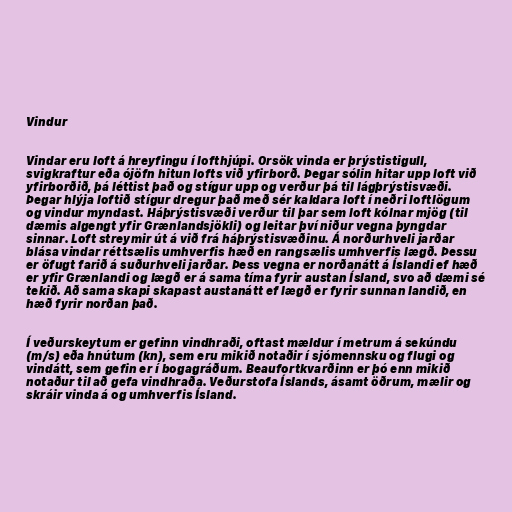
Vindur

Vindar eru loft á hreyfingu í lofthjúpi. Orsök vinda er þrýstistigull,
svigkraftur eða ójöfn hitun lofts við yfirborð. Þegar sólin hitar upp loft við
yfirborðið, þá léttist það og stígur upp og verður þá til lágþrýstisvæði.
Þegar hlýja loftið stígur dregur það með sér kaldara loft í neðri loftlögum
og vindur myndast. Háþrýstisvæði verður til þar sem loft kólnar mjög (til
dæmis algengt yfir Grænlandsjökli) og leitar því niður vegna þyngdar
sinnar. Loft streymir út á við frá háþrýstisvæðinu. Á norðurhveli jarðar
blása vindar réttsælis umhverfis hæð en rangsælis umhverfis lægð. Þessu
er öfugt farið á suðurhveli jarðar. Þess vegna er norðanátt á Íslandi ef hæð
er yfir Grænlandi og lægð er á sama tíma fyrir austan Ísland, svo að dæmi sé
tekið. Að sama skapi skapast austanátt ef lægð er fyrir sunnan landið, en
hæð fyrir norðan það.

Í veðurskeytum er gefinn vindhraði, oftast mældur í metrum á sekúndu
(m/s) eða hnútum (kn), sem eru mikið notaðir í sjómennsku og flugi og
vindátt, sem gefin er í bogagráðum. Beaufortkvarðinn er þó enn mikið
notaður til að gefa vindhraða. Veðurstofa Íslands, ásamt öðrum, mælir og
skráir vinda á og umhverfis Ísland.